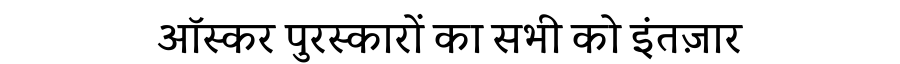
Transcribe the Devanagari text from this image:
ऑस्कर पुरस्कारों का सभी को इंतज़ार